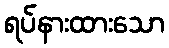
ရပ်နားထားသော